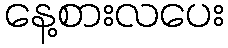
နေ့စားလပေး